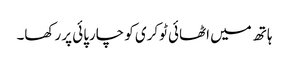
ہاتھ میں اٹھائی ٹوکری کو چارپائی پر رکھا۔